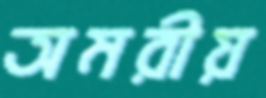
অমরীয়